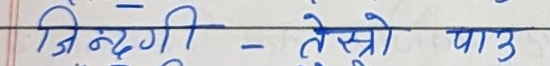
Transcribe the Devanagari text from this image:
जिन्दगी - तेस्रो पाउ